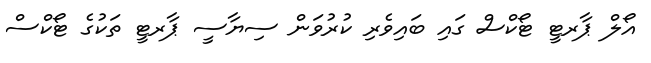
އޯލް ޕާރޓީ ޓޯކްސް ގައި ބައިވެރި ކުރުވަން ސިޔާސީ ޕާރޓީ ތަކުގެ ޓޯކްސް